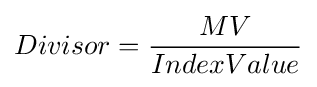
Divisor={MV \over IndexValue}